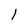
Character: 1